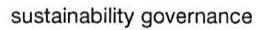
sustainability governance